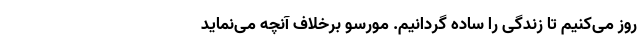
روز می‌کنیم تا زندگی را ساده‌ گردانیم. مورسو برخلاف آنچه می‌نماید